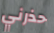
حذرني